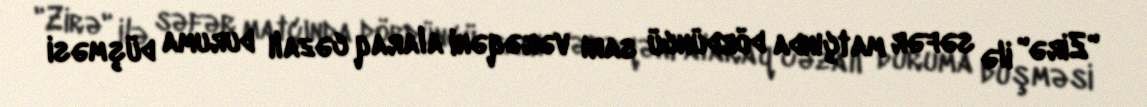
"Zirə" ilə səfər matçında dördüncü sarı vərəqəni alaraq cəzalı duruma düşməsi